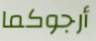
أرجوكما